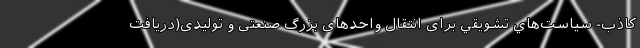
كاذب- سياست‌هاي تشويقي برای انتقال واحدهای بزرگ صنعتی و تولیدی(دریافت